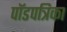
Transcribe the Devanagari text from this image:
पॉडपत्रिका